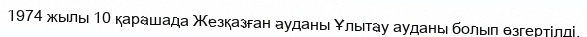
1974 жылы 10 қарашада Жезқазған ауданы Ұлытау ауданы болып өзгертілді.